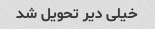
خیلی دیر تحویل شد